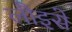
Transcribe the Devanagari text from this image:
लौइसे